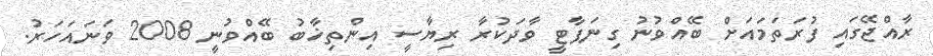
ރާއްޖޭގައި ފުރަތަމައަށް ބޭއްވުނު ގިނަޕާޓީ ވާދަކުރާ ރިޔާސީ އިންތިޚާބު ބޭއްވުނީ 2008 ވަނައަހަރު.